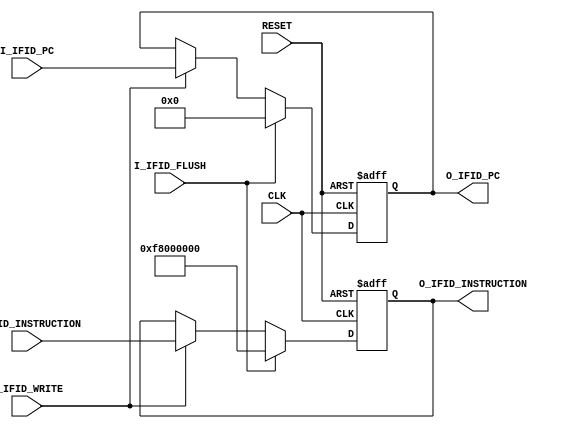
`timescale 1ns / 1ps
//////////////////////////////////////////////////////////////////////////////////
// Company: 
// Engineer: 
// 
// Design Name: 
// Module Name: IF_ID
// Project Name: 
// Target Devices: 
// Tool Versions: 
// Description: 
// 
// Dependencies: 
// 
// Revision:
// Revision 0.01 - File Created
// Additional Comments:
// 
//////////////////////////////////////////////////////////////////////////////////


module IF_ID(
    input CLK,
    input RESET,
    input [31:0] I_IFID_INSTRUCTION,
    input [31:0] I_IFID_PC,
	 input I_IFID_WRITE,
	 input I_IFID_FLUSH,
	 output reg [31:0] O_IFID_INSTRUCTION,
    output reg [31:0] O_IFID_PC
    );
    
localparam NOP = 32'b1111_1000_0000_0000_0000_0000_0000_0000; 
	
    always @(posedge CLK, posedge RESET)
    begin
        if(RESET )
        begin
            O_IFID_PC <= 0;
            O_IFID_INSTRUCTION <= 0;
        end
        else
		  if(I_IFID_FLUSH)
		  begin
			   O_IFID_PC <= 0;
            O_IFID_INSTRUCTION <= NOP;
		  end
		  else if(I_IFID_WRITE)
            begin
				
               O_IFID_PC <= I_IFID_PC;
               O_IFID_INSTRUCTION <= I_IFID_INSTRUCTION;
            end
    end
    
endmodule